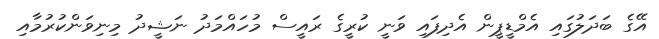
އޭގެ ބަދަލުގައި އެމްޑީޕީން އެދިފައި ވަނީ ކުރީގެ ރައީސް މުހައްމަދު ނަޝީދު މިނިވަންކުރުމާއި